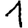
Digit: 1